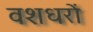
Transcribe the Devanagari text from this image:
वशधरों